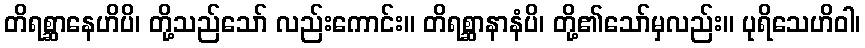
တိရစ္ဆာနေဟိပိ၊ တို့သည်သော် လည်းကောင်း။ တိရစ္ဆာနာနံပိ၊ တို့၏သော်မှလည်း။ ပုရိသေဟိဝါ၊